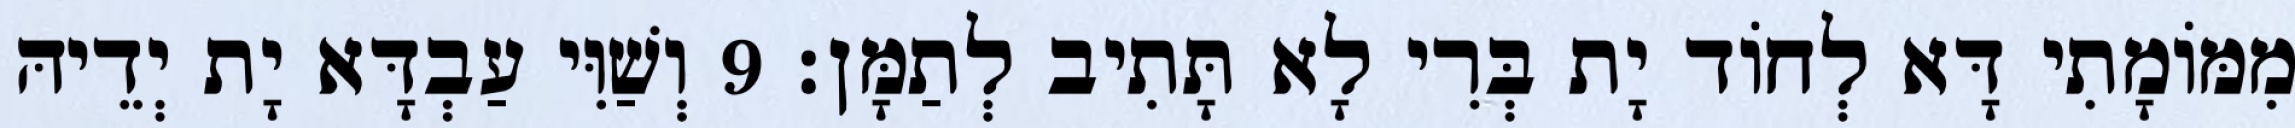
מִמּוֹמָתִי דָּא לְחוֹד יָת בְּרִי לָא תָּתִיב לְתַמָּן׃ 9 וְשַׁוִּי עַבְדָּא יָת יְדֵיהּ